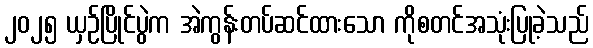
၂၀၂၅ ယှဉ်ပြိုင်ပွဲက အဲကွန်းတပ်ဆင်ထားသော ကိုစတင်အသုံးပြုခဲ့သည်